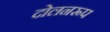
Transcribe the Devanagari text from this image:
दोलनरूप